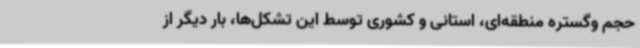
حجم وگستره منطقه‌ای، استانی و کشوری توسط این تشکل‌ها، بار دیگر از